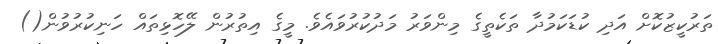
ތަރުކީޒުކޮށް އަދި ކުޑަކަމުދާ ތަކެތީގެ މިންވަރު މަދުކުރުވައެވެ. މީގެ އިތުރުން ލޭހޮޅިތައް ހަނިކުރުވުން()